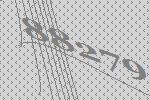
88279